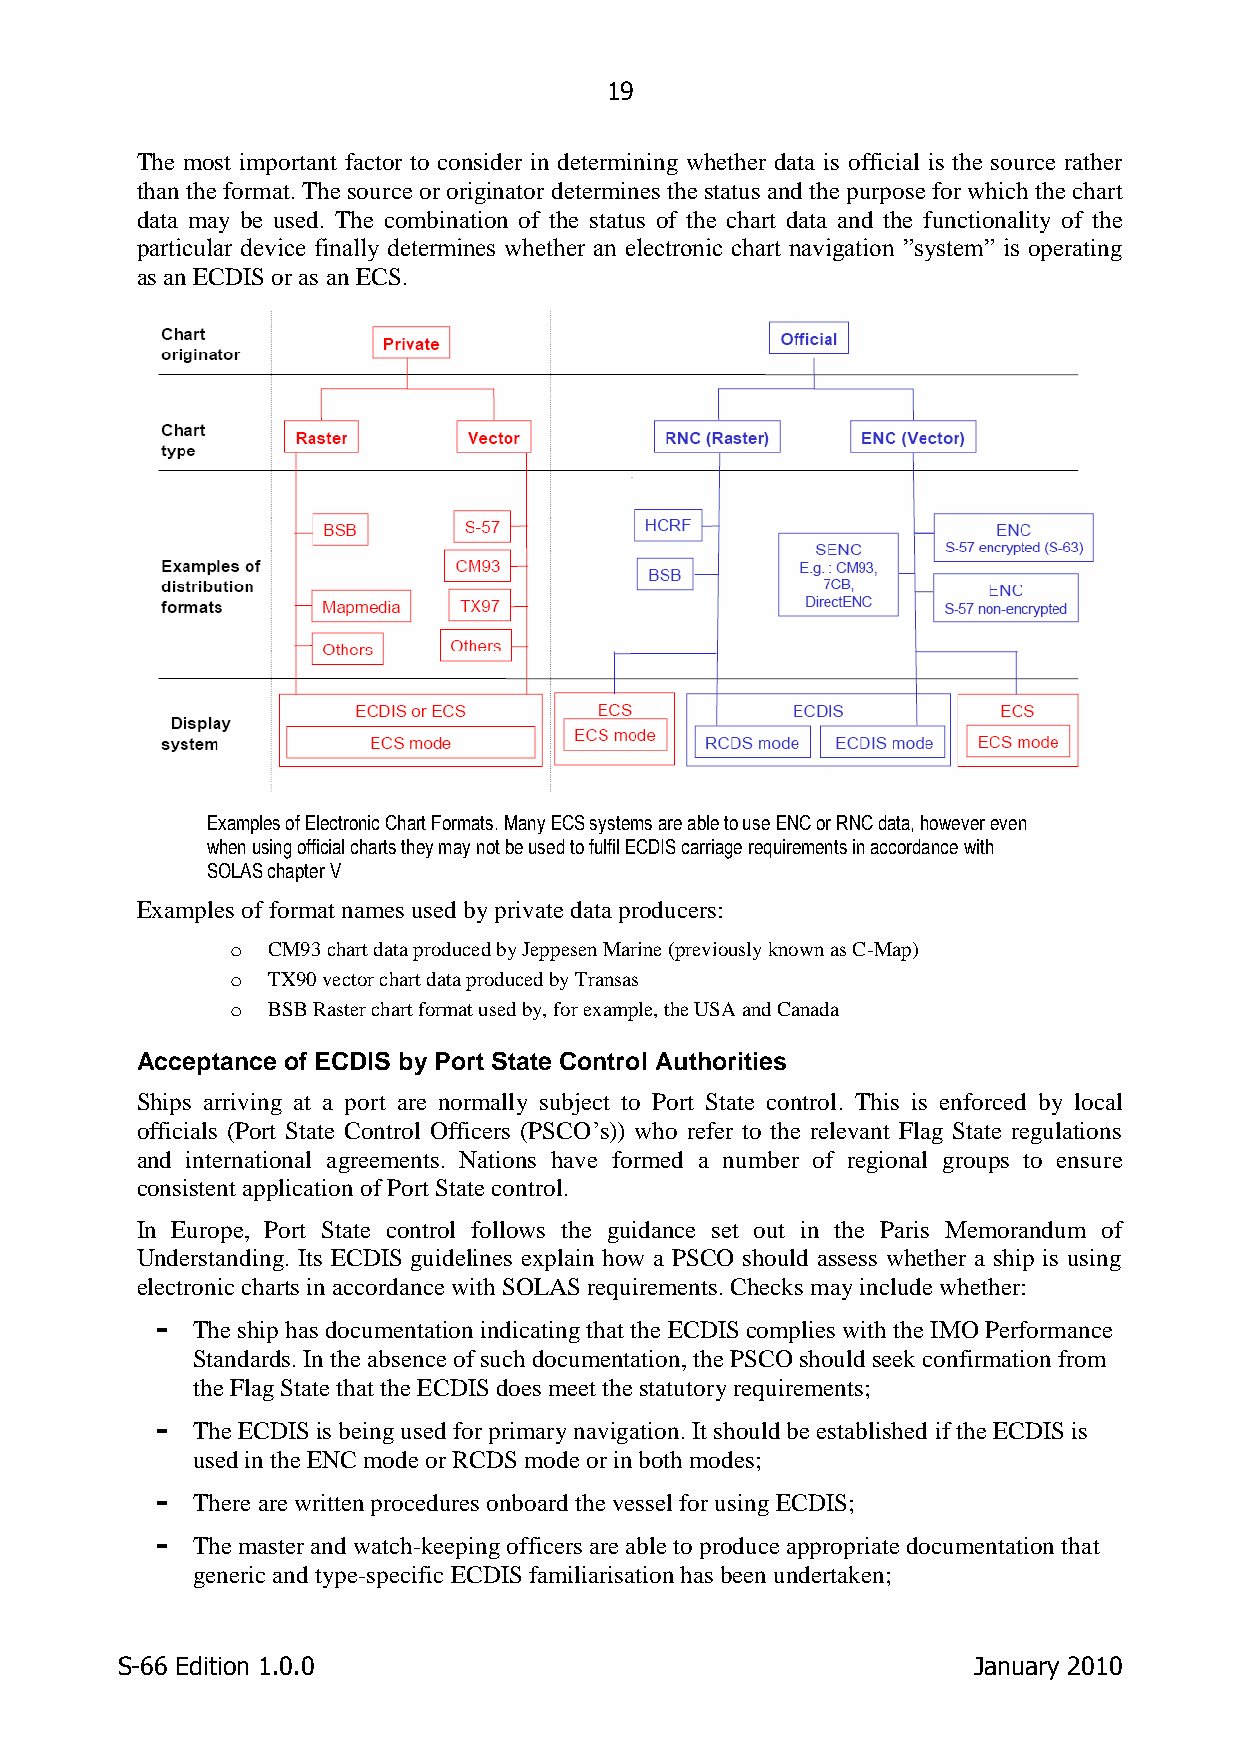
19
 The most important factor to consider in determining whether data is official is the source rather
 than the format. The source or originator determines the status and the purpose for which the chart
 data may be used. The combination of the status of the chart data and the functionality of the
 particular device finally determines whether an electronic chart navigation ”system” is operating
 as an ECDIS or as an ECS.
 Examples of Electronic Chart Formats. Many ECS systems are able to use ENC or RNC data, however even
 when using official charts they may not be used to fulfil ECDIS carriage requirements in accordance with
 SOLAS chapter V
 Examples of format names used by private data producers:
 o  CM93 chart data produced by Jeppesen Marine (previously known as C-Map)
 o  TX90 vector chart data produced by Transas
 o  BSB Raster chart format used by, for example, the USA and Canada
 Acceptance of ECDIS by Port State Control Authorities
 Ships arriving at a port are normally subject to Port State control. This is enforced by local
 officials (Port State Control Officers (PSCO‟s)) who refer to the relevant Flag State regulations
 and international agreements. Nations have formed a number of regional groups to ensure
 consistent application of Port State control.
 In Europe, Port State control follows the guidance set out in the Paris Memorandum of
 Understanding. Its ECDIS guidelines explain how a PSCO should assess whether a ship is using
 electronic charts in accordance with SOLAS requirements. Checks may include whether:
 -  The ship has documentation indicating that the ECDIS complies with the IMO Performance
 Standards. In the absence of such documentation, the PSCO should seek confirmation from
 the Flag State that the ECDIS does meet the statutory requirements;
 -  The ECDIS is being used for primary navigation. It should be established if the ECDIS is
 used in the ENC mode or RCDS mode or in both modes;
 -  There are written procedures onboard the vessel for using ECDIS;
 -  The master and watch-keeping officers are able to produce appropriate documentation that
 generic and type-specific ECDIS familiarisation has been undertaken;
 S-66 Edition 1.0.0                                      January 2010